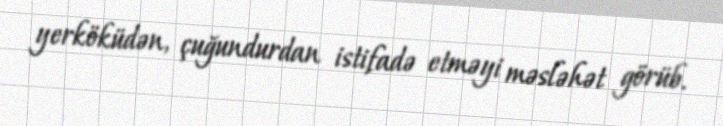
yerköküdən, çuğundurdan istifadə etməyi məsləhət görüb.